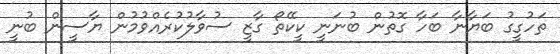
ތަހުގީގު ބަޔާނާ ބަހާ ގޮތުން ބުނަނީ ކީކޭތޯ ގާޒީ ސުވާލުކުރެއްވުމުން ޔާސީން ބުނީ